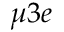
\mu 3 e